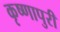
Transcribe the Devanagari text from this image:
कृष्णापुरी